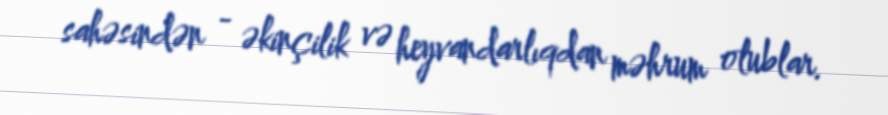
sahəsindən - əkinçilik və heyvandarlıqdan məhrum olublar.